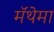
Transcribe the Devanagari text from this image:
मॅथेमा